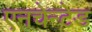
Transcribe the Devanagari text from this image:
एनचेन्टेड